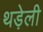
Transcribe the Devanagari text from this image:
थड़ेली